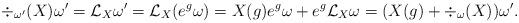
LaTeX: \begin{align*}\div_{\omega'}(X) \omega' = \mathcal{L}_X \omega' = \mathcal{L}_X(e^g \omega) = X(g)e^g \omega + e^g \mathcal{L}_X \omega = (X(g) + \div_\omega(X))\omega'.\end{align*}